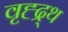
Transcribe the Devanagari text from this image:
वृह्द्र्थ